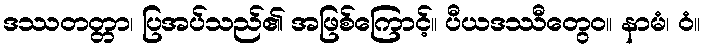
ဒဿတတ္တာ၊ ပြအပ်သည်၏ အဖြစ်ကြောင့်။ ပီယဒဿီတွေဝ။ နာမံ၊ ဝံ။